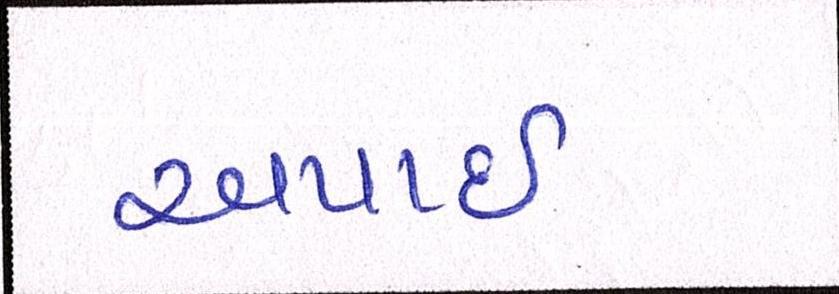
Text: અપાઇ